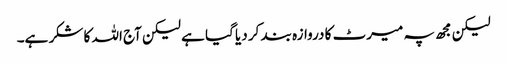
لیکن مجھ پہ میرٹ کا دروازہ بند کر دیا گیا ہے لیکن آج اللہ کا شکر ہے۔